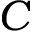
\boldsymbol { C }